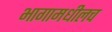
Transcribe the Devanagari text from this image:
भागामधीलच